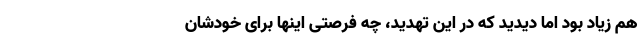
هم زیاد بود اما دیدید که در این تهدید، چه فرصتی اینها برای خودشان